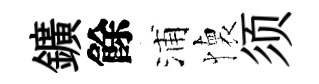
鑛餘浦懐须